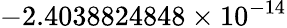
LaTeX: -2.4038824848\times 10^{-14}